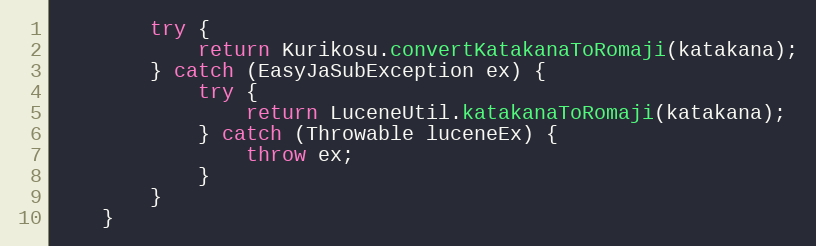
Language: Java
		try {
			return Kurikosu.convertKatakanaToRomaji(katakana);
		} catch (EasyJaSubException ex) {
			try {
				return LuceneUtil.katakanaToRomaji(katakana);
			} catch (Throwable luceneEx) {
				throw ex;
			}
		}
	}